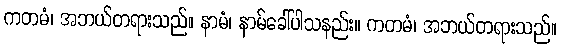
ကတမံ၊ အဘယ်တရားသည်။ နာမံ၊ နာမ်ခေါ်ပါသနည်း။ ကတမံ၊ အဘယ်တရားသည်။